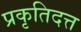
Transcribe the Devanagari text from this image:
प्रकृतिदत्त